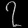
Digit: ၇